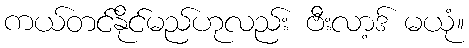
ကယ်တင်နိုင်မည်ဟုလည်း ဗီးလာ့ဒ် မယုံ။